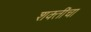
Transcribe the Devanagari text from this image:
शक्‍तींचा